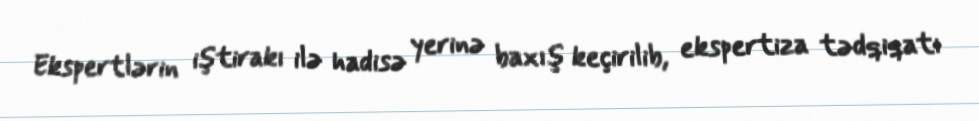
Ekspertlərin iştirakı ilə hadisə yerinə baxış keçirilib, ekspertiza tədqiqatı